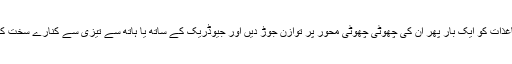
Now. اب دونوں کاغذات کو ایک بار پھر ان کی چھوٹی چھوٹی محور پر توازن جوڑ دیں اور جیوڈریک کے ساتھ یا ہاتھ سے تیزی سے کنارے سخت کریں۔